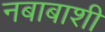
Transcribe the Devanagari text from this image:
नबाबाशी